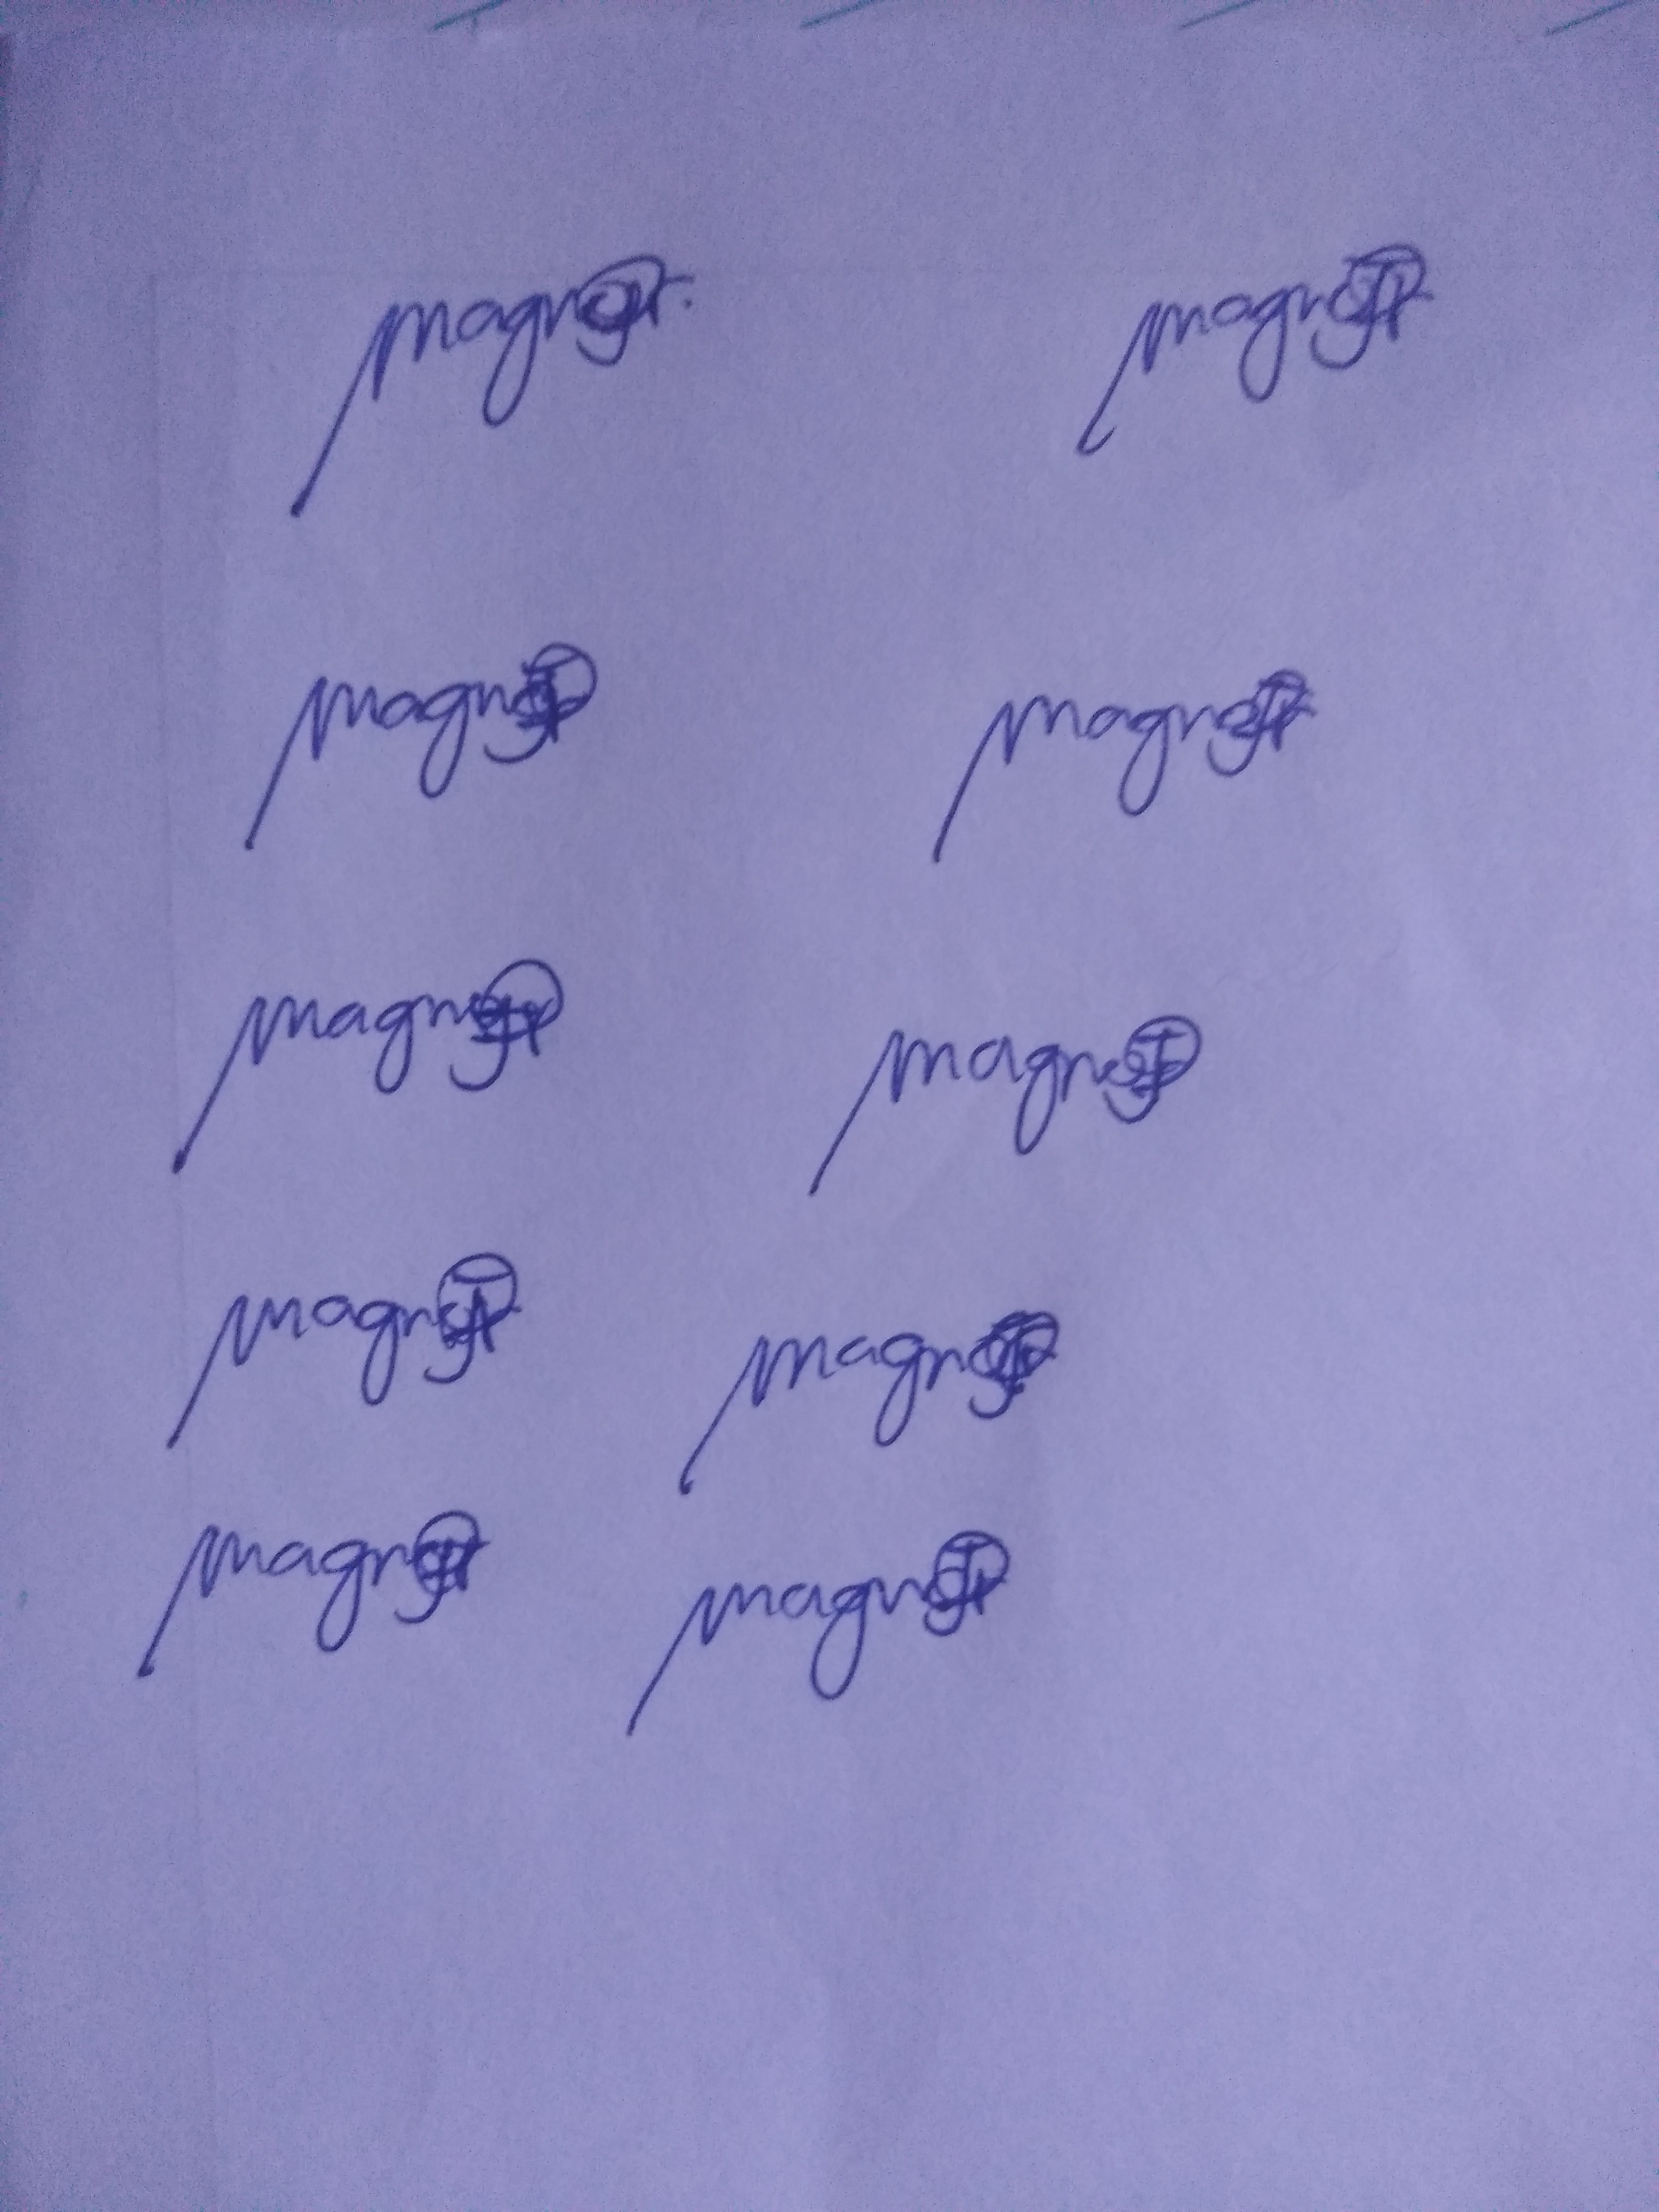
Signature authenticity: genuine